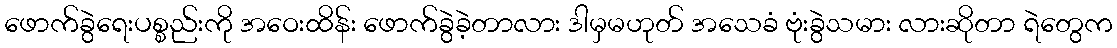
ဖောက်ခွဲရေးပစ္စည်းကို အဝေးထိန်း ဖောက်ခွဲခဲ့တာလား ဒါမှမဟုတ် အသေခံ ဗုံးခွဲသမား လားဆိုတာ ရဲတွေက